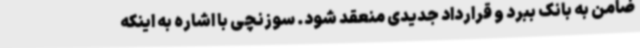
ضامن به بانک ببرد و قرارداد جدیدی منعقد شود. سوزنچی با اشاره به اینکه